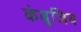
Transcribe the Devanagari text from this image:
कंबुजिय